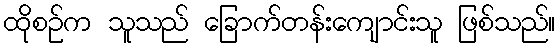
ထိုစဉ်က သူသည် ခြောက်တန်းကျောင်းသူ ဖြစ်သည်။